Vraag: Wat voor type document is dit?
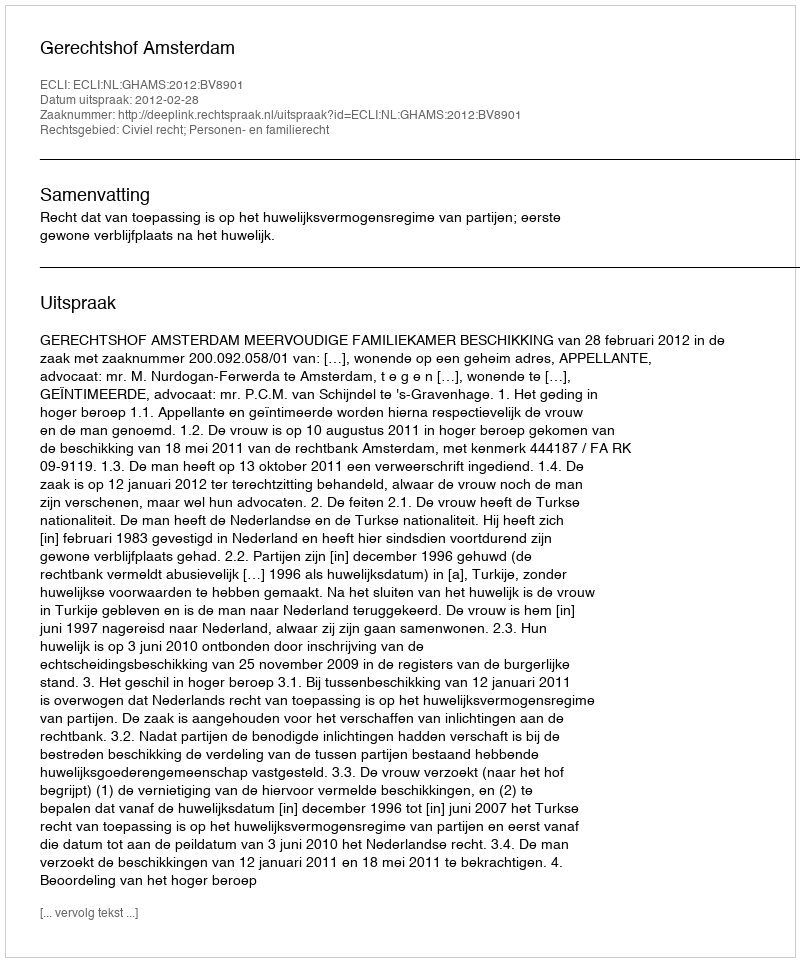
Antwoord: Uitspraak